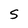
Character: S